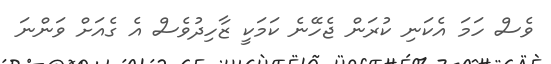
ވެސް ހަމަ އެކަނި ކުރަން ޖެހޭނެ ކަމަކީ ޒާހިދުވެސް އެ ގެއަށް ވަންނަ